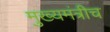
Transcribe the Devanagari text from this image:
मुख्यमंत्रीच